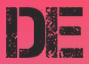
DE